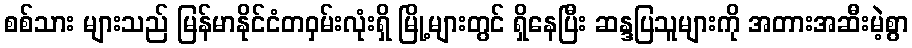
စစ်သား များသည် မြန်မာနိုင်ငံတဝှမ်းလုံးရှိ မြို့များတွင် ရှိနေပြီး ဆန္ဒပြသူများကို အတားအဆီးမဲ့စွာ